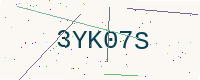
Text: 3YK07S